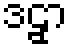
ဒဠှာ